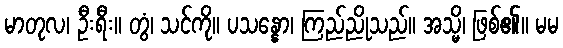
မာတုလ၊ ဦးရီး။ တွံ၊ သင်ကို။ ပသန္နော၊ ကြည်ညိုသည်။ အသ္မိ၊ ဖြစ်၏။ မမ